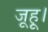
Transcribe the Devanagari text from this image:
जूहू।